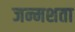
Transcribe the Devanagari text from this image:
जन्मशता